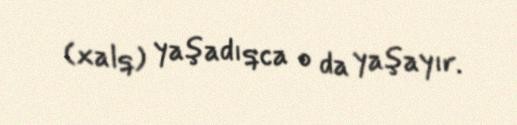
(xalq) yaşadıqca o da yaşayır.